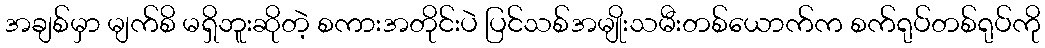
အချစ်မှာ မျက်စိ မရှိဘူးဆိုတဲ့ စကားအတိုင်းပဲ ပြင်သစ်အမျိုးသမီးတစ်ယောက်က စက်ရုပ်တစ်ရုပ်ကို